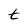
Character: t